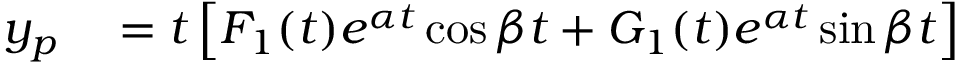
\begin{array} { r l } { y _ { p } } & { { } = t \left[ F _ { 1 } ( t ) e ^ { \alpha t } \cos { \beta t } + G _ { 1 } ( t ) e ^ { \alpha t } \sin { \beta t } \right] } \end{array}